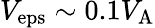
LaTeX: V_{\mathrm{eps}}\sim 0.1V_{\mathrm{A}}